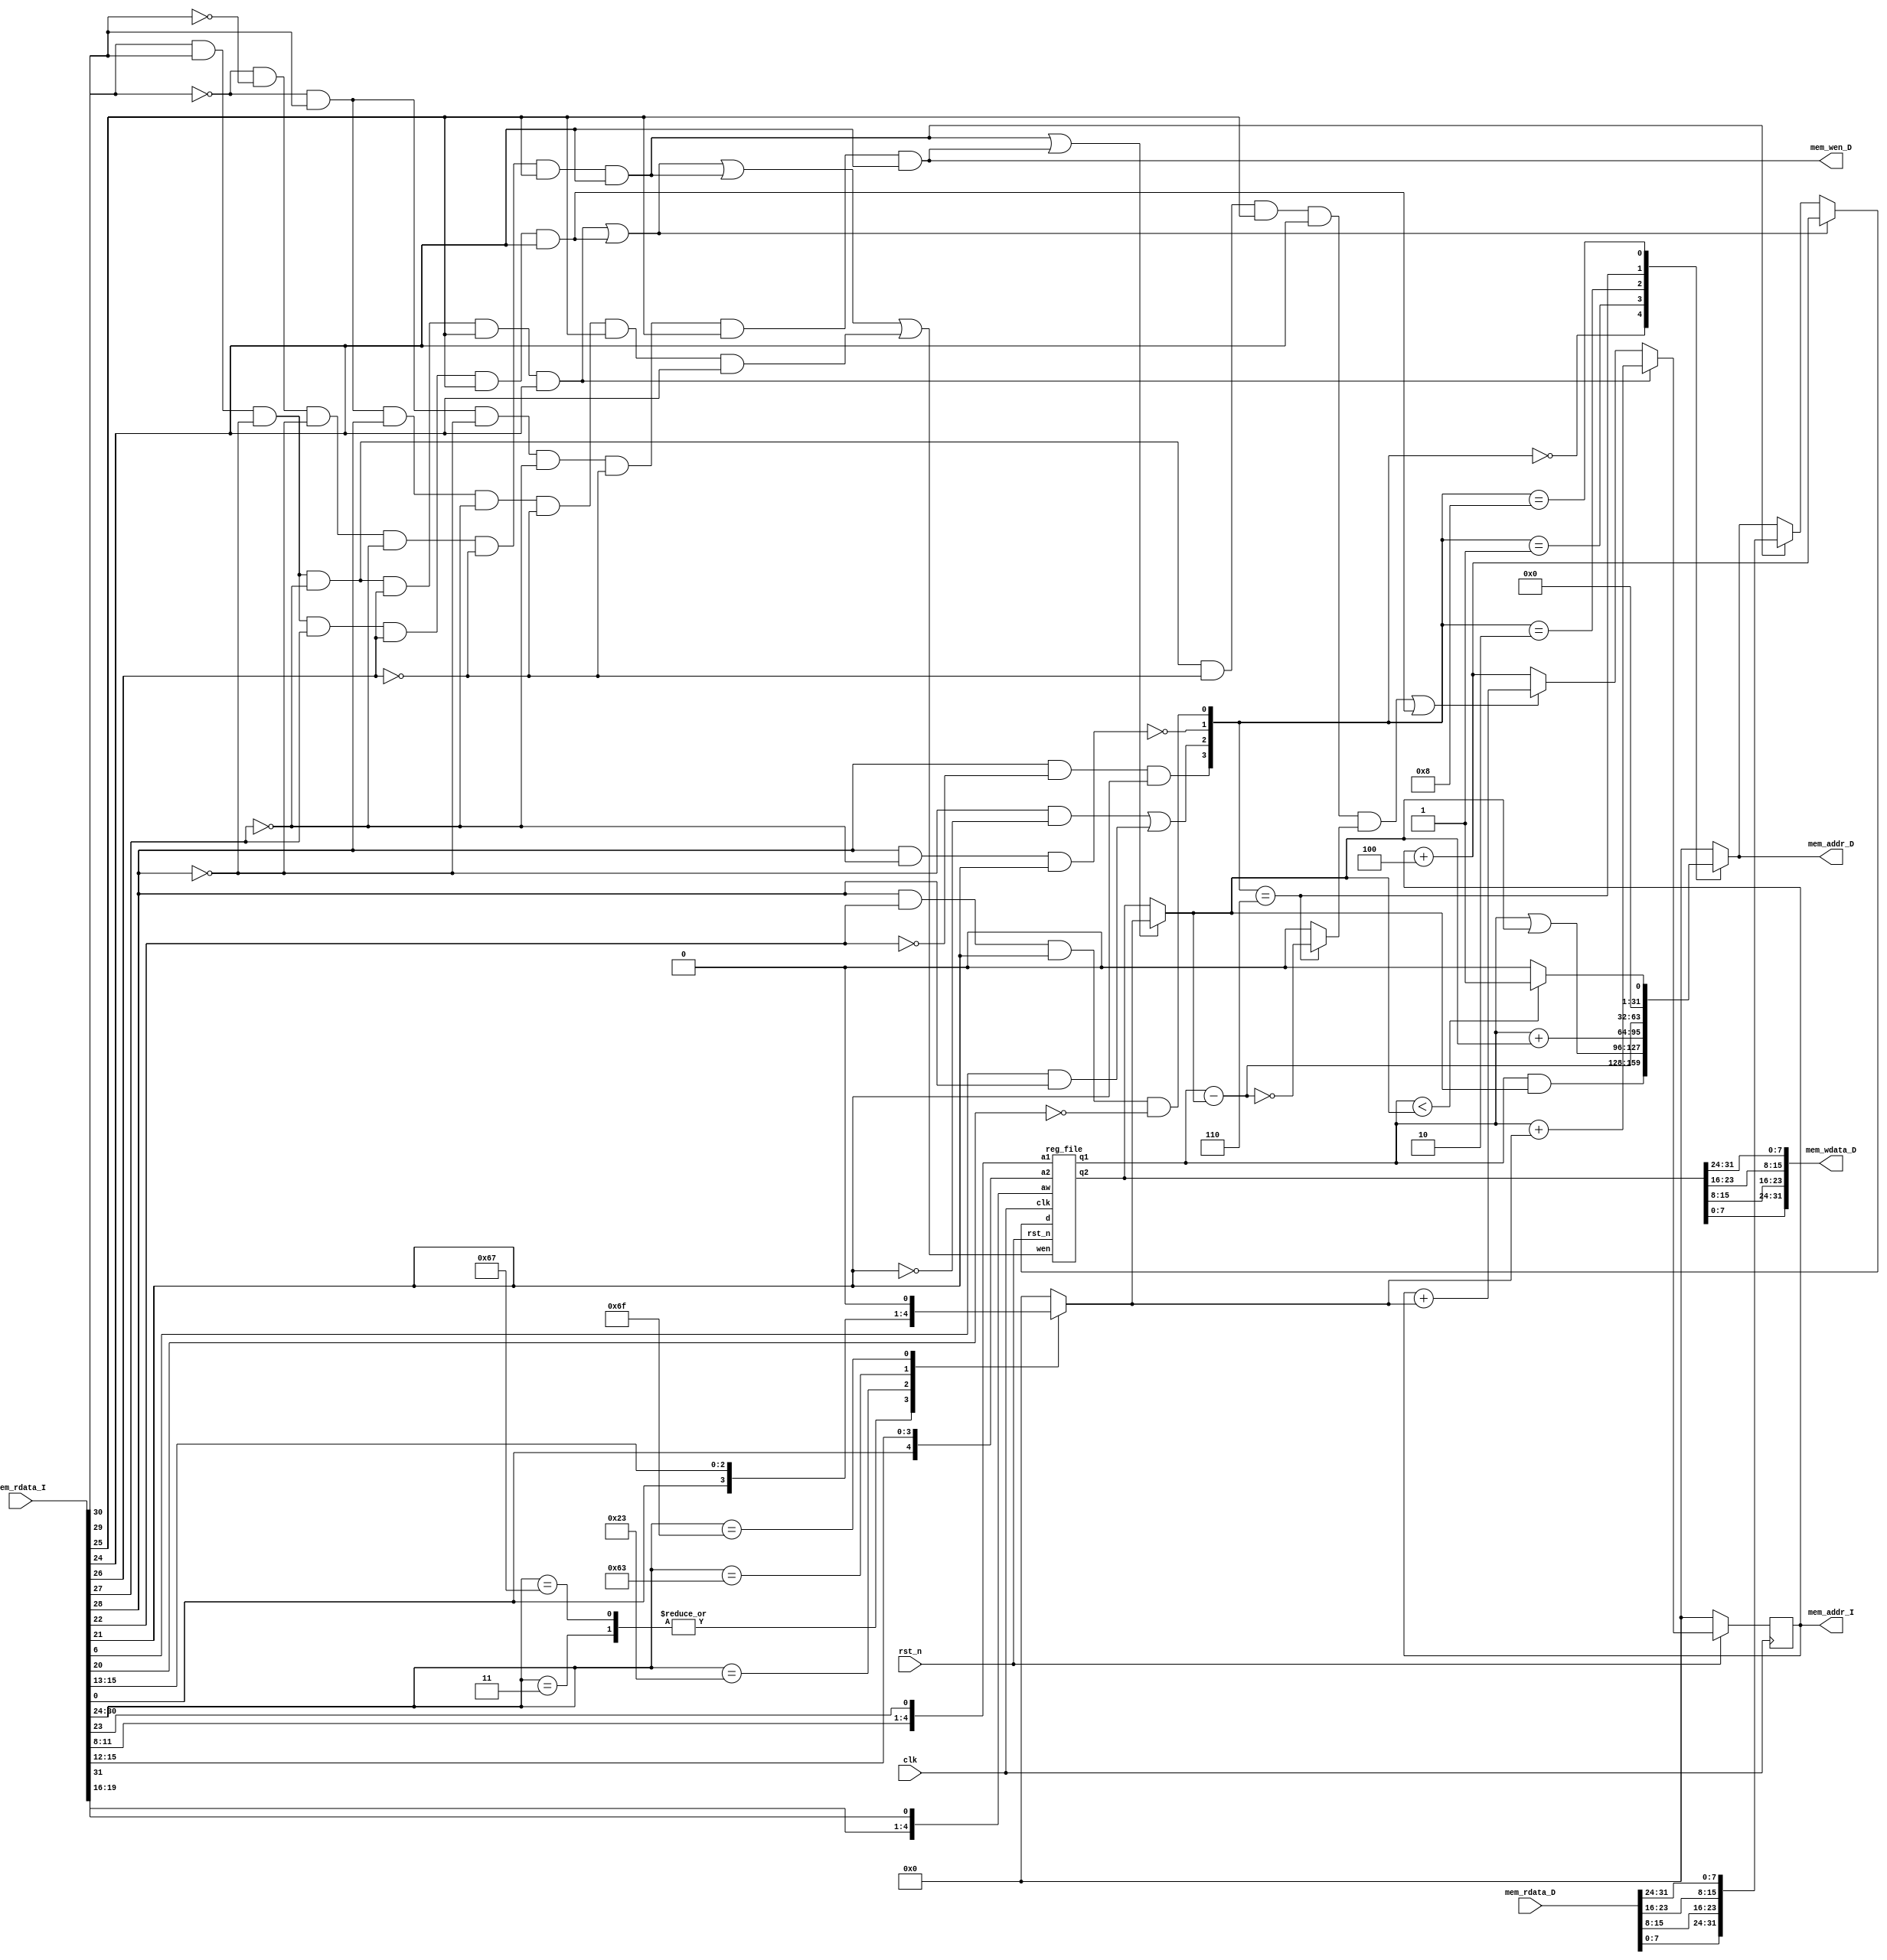
// Your SingleCycle RISC-V code
module CHIP(clk,
            rst_n,
            // for mem_D
            mem_wen_D,
            mem_addr_D,
            mem_wdata_D,
            mem_rdata_D,
            // for mem_I
            mem_addr_I,
            mem_rdata_I
    );

    input         clk, rst_n ;
    // for mem_D
    output        mem_wen_D  ;  // mem_wen_D is high, CHIP writes data to D-mem; else, CHIP reads data from D-mem
    output [31:0] mem_addr_D ;  // the specific address to fetch/store data 
    output [31:0] mem_wdata_D;  // data writing to D-mem 
    input  [31:0] mem_rdata_D;  // data reading from D-mem
    // for mem_I
    output [31:0] mem_addr_I ;  // the fetching address of next instruction
    input  [31:0] mem_rdata_I;  // instruction reading from I-mem

    //PC counter
    reg    [31:0] addr_r;
    wire   [31:0] addr_w,addr_temp;
    wire   [31:0] Jalr_addr;
    wire   [31:0] PC_add4;
    wire   [31:0] Branch_addr;

    //immediate generator
    wire   [31:0] immediate;
    reg    [31:0] immGen;
    
    //Control
    reg           Jalr, Jal, memWrite, aluSrc, regWrite, memRead, Branch, memtoReg;
    reg    [3:0]  Aluop;

    //register file
    wire     [31:0] data_temp;
    wire     [31:0] data_to_reg;
    wire    [4:0]  rs1, rs2, rw;
    wire    [31:0] rdata_2;
   
    //ALU
    reg           zero;
    wire   [31:0] alu_data1,alu_data2;
    reg    [31:0] alu_result;
    wire   [6:0]  opcode;
    wire   [2:0]  funct3;
    wire   [6:0]  funct7;
    
    //assignment
    //next address
    assign PC_add4 = mem_addr_I + 4;
    assign Branch_addr = mem_addr_I + immGen;
    assign Jalr_addr = alu_data1 + immGen;
    assign addr_temp = ((Branch & zero) | Jal) ? Branch_addr : PC_add4;
    assign addr_w = (Jalr == 1) ? Jalr_addr : addr_temp;

    //alu
    assign alu_data2 = (aluSrc == 1) ? immGen : rdata_2;

    //immGen
    assign immediate = {mem_rdata_I[7:0],mem_rdata_I[15:8],mem_rdata_I[23:16],mem_rdata_I[31:24]};
    assign opcode = immediate[6:0];
    assign funct3 = immediate[14:12];
    assign funct7 = immediate[31:25];
    
    //data to reg
    assign data_temp = (memtoReg == 1) ? {mem_rdata_D[7:0],mem_rdata_D[15:8],mem_rdata_D[23:16],mem_rdata_D[31:24]} : alu_result;
    assign data_to_reg = (Jal | Jalr) ? PC_add4 : data_temp;

    //register file
    assign rs1 = immediate[19:15];
    assign rs2 = immediate[24:20];
    assign rw  = immediate[11:7];
    reg_file rf1(.clk(clk),.rst_n(rst_n),.wen(regWrite),.a1(rs1),.a2(rs2),.aw(rw),.d(data_to_reg),.q1(alu_data1),.q2(rdata_2));
    
    //output
    assign mem_wen_D = memWrite;
    assign mem_wdata_D = {rdata_2[7:0],rdata_2[15:8],rdata_2[23:16],rdata_2[31:24]};
    assign mem_addr_D = alu_result;
    assign mem_addr_I = addr_r;

    //immediate generator
    always@ (*) begin
        case(opcode)
            7'b0110011:begin
                //R-type: and add sub or slt
                immGen = 0;
            end
            7'b0000011:begin
                //I-type: lw 
                immGen = {{21{immediate[31]}},immediate[30:25],immediate[24:21],immediate[20]};
            end
            7'b1100111:begin
                //I-type: jalr
                immGen = {{21{immediate[31]}},immediate[30:25],immediate[24:21],immediate[20]};
            end
            7'b0100011:begin
                //S-type: sw 
                immGen = {{21{immediate[31]}},immediate[30:25],immediate[11:8],immediate[7]};
            end
            7'b1100011:begin
                //B-type: beq
                immGen = {{20{immediate[31]}},immediate[7],immediate[30:25],immediate[11:8],1'b0};
            end
            7'b1101111:begin
                //J-type: jal
                immGen = {{12{immediate[31]}},immediate[19:12],immediate[20],immediate[30:25],immediate[24:21],1'b0};
            end
            default:begin
                immGen = 0;
            end
        endcase
    end

    //Control unit but try not to use mux to minimize area
    always@ (*) begin
        Jalr = opcode[6]&opcode[5]&(!opcode[4])&(!opcode[3])&opcode[2]&opcode[1]&opcode[0];
        Jal  = opcode[6]&opcode[5]&(!opcode[4])&opcode[3]&opcode[2]&opcode[1]&opcode[0];
        Branch = opcode[6]&opcode[5]&(!opcode[4])&(!opcode[3])&(!opcode[2])&opcode[1]&opcode[0];
        memWrite = (!opcode[6])&opcode[5]&(!opcode[4])&(!opcode[3])&(!opcode[2])&opcode[1]&opcode[0];
        memtoReg = (!opcode[6])&(!opcode[5])&(!opcode[4])&(!opcode[3])&(!opcode[2])&opcode[1]&opcode[0];
        regWrite = (opcode[6]&opcode[5]&(!opcode[4])&(!opcode[3])&opcode[2]&opcode[1]&opcode[0]) | (opcode[6]&opcode[5]&(!opcode[4])&opcode[3]&opcode[2]&opcode[1]&opcode[0]) | ((!opcode[6])&(!opcode[5])&(!opcode[4])&(!opcode[3])&(!opcode[2])&opcode[1]&opcode[0]) | ((!opcode[6])&opcode[5]&opcode[4]&(!opcode[3])&(!opcode[2])&opcode[1]&opcode[0]);
        aluSrc = ((!opcode[6])&(!opcode[5])&(!opcode[4])&(!opcode[3])&(!opcode[2])&opcode[1]&opcode[0]) | ((!opcode[6])&opcode[5]&(!opcode[4])&(!opcode[3])&(!opcode[2])&opcode[1]&opcode[0]);
        memRead = (!opcode[6])&(!opcode[5])&(!opcode[4])&(!opcode[3])&(!opcode[2])&opcode[1]&opcode[0];
    end

    //ALU control
    always@ (*) begin
        Aluop[0] = opcode[4] & funct3[2] & funct3[1] & (!funct3[0]);
        Aluop[1] = !(opcode[4] & (!opcode[3]) & funct3[1]);
        Aluop[2] = ( (!opcode[4]) & (!funct3[1])) | (funct7[5] & opcode[4]);
        Aluop[3] = opcode[4] & (!funct3[2]) & funct3[1];
    end

    //ALU unit
    always@ (*) begin
        zero = 0;
        case(Aluop) 
            4'b0000: begin
                //and
                alu_result = alu_data1 & alu_data2;
            end
            4'b0001: begin
                //or
                alu_result = alu_data1 | alu_data2;
            end
            4'b0010: begin
                //add
                alu_result = alu_data1 + alu_data2;
            end
            4'b0110: begin
                //subtract
                alu_result = alu_data1 - alu_data2;
                zero = !alu_result;
            end
            4'b1000: begin
                //slt
                alu_result = ($signed(alu_data1) < $signed(alu_data2)) ? 1 : 0 ;
            end
            default: alu_result = 0;
        endcase
    end

    always@(posedge clk) begin
        if(!rst_n) begin
            addr_r <= 0;
        end
        else begin
            addr_r <= addr_w;
        end
    end
    
endmodule

module reg_file(clk, rst_n, wen, a1, a2, aw, d, q1, q2);

    // constants
    parameter BITS = 32;
    parameter word_depth = 32;
    parameter addr_width = 5; // 2^addr_width >= word_depth

    input clk, rst_n, wen; // wen: 0:read | 1:write
    input [BITS-1:0] d;
    input [addr_width-1:0] a1, a2, aw;

    output [BITS-1:0] q1, q2;

    reg [BITS-1:0] mem [0:word_depth-1];
    reg [BITS-1:0] mem_nxt [0:word_depth-1];

    integer i;

    assign q1 = mem[a1];
    assign q2 = mem[a2];

    always @(*) begin
        for (i=0; i<word_depth; i=i+1)
            mem_nxt[i] = (wen && (aw == i)) ? d : mem[i];
    end

    always @(posedge clk) begin
        if (!rst_n) begin
            mem[0] <= 32'b0;
            for (i=1; i<word_depth; i=i+1) begin
                mem[i] <= 32'h0;
            end
        end
        else begin
            mem[0] <= 0;
            for (i=1; i<word_depth; i=i+1)
                mem[i] <= mem_nxt[i];
        end
    end

endmodule